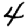
Digit: 4